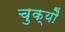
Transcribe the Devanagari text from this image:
चुक्यौ